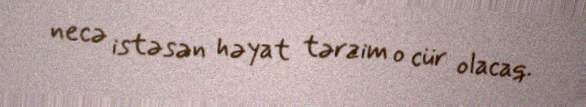
necə istəsən həyat tərzim o cür olacaq.